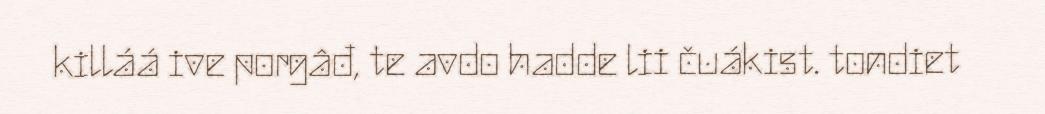
killáá ive porgâđ, te avdo hadde lii čuákist. tondiet